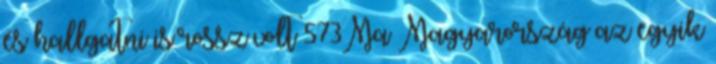
és hallgatni is rossz volt 573Ma Magyarország az egyik